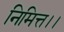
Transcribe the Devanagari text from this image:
निमित्त।।